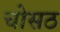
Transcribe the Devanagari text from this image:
चोसठ